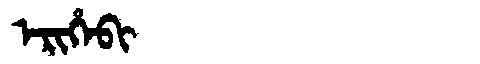
Manchu: ᡝᡵᡳᡥᡝᠪᡳ
Romanization: ERIHEBI